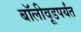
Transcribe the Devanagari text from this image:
बॉलीवूडपर्यंत